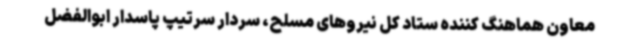
معاون هماهنگ کننده ستاد کل نیروهای مسلح، سردار سرتیپ پاسدار ابوالفضل